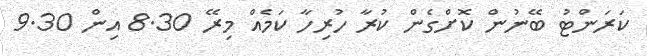
ކަރަންޓު ބޭނުން ކޮށްގެން ކުރާ ހުރިހާ ކަމެއް މިރޭ 8.30 އިން 9.30